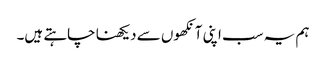
ہم یہ سب اپنی آنکھوں سے دیکھنا چاہتے ہیں۔